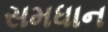
સમધાન